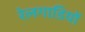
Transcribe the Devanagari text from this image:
रेलगाडि़यों